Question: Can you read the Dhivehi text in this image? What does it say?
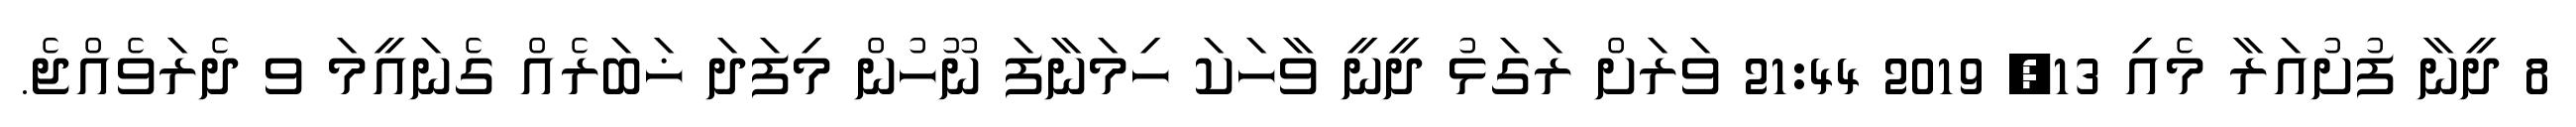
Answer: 8 ދީނާ ފުށުއަރާ މެއި 13, 2019 21:44 ވަރަށް ރަގަޅު ދީނީ ވާހަކަ ހިމަނާފަ ނޫހުން މިފަދަ ޚަބަރެއް ގެނައީމަ ވ ދެރަވެއްޖެ.